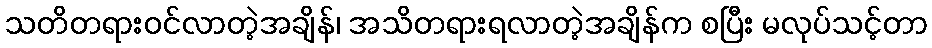
သတိတရားဝင်လာတဲ့အချိန်၊ အသိတရားရလာတဲ့အချိန်က စပြီး မလုပ်သင့်တာ